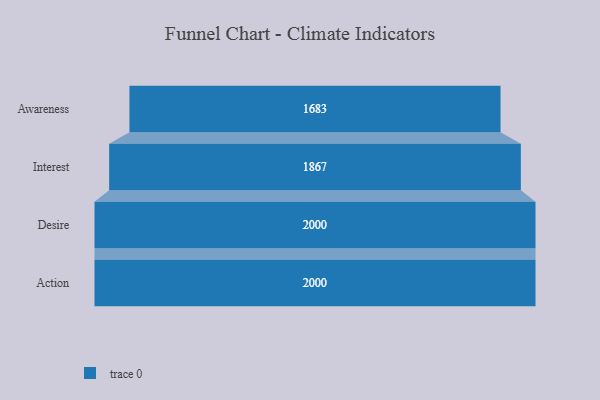
{"axis": {"x": "Stage", "y": "Value"}, "legend": [""], "data": [{"x": "Awareness", "y": 1683.0, "type": ""}, {"x": "Interest", "y": 1867.0, "type": ""}, {"x": "Desire", "y": 2000, "type": ""}, {"x": "Action", "y": 2000, "type": ""}]}